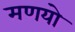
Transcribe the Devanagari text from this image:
मणयो